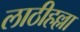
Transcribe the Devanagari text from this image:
लाठीहल्ला